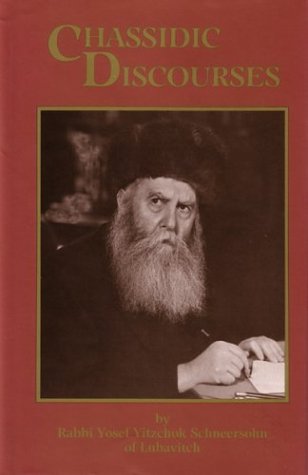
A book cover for Chasidic Discourses: From The Teachings Of The Previous Rebbe of Chabad-Lubavitch, Vol. 1 (Chassidic Discourses); Yosef Yitzchak Schneersohn; Religion & Spirituality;